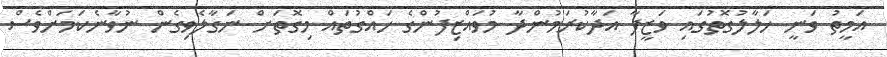
އަމީތު ވަނީ ހަލާލުގޮތުގައި ވަޒީފާ އަދާކުރަމުންދާ މުވައްޒިފުންގެ ހައްގުތައް މިގޮތަށް ނަގާލެވިގެން ނުވާނެކަމަށްވެސް